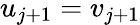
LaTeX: u_{j+1}=v_{j+1}